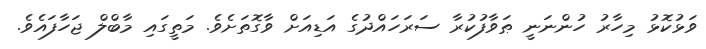
ވަޅުކޮޅު މިހާރު ހުންނަނީ ޠަވާފުކުރާ ސަރަހައްދުގެ އަޑިއަށް ވާގޮތަށެވެ. މަތީގައި މާބްލް ޖަހާފައެވެ.